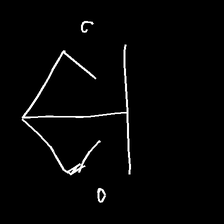
Glyph: earth